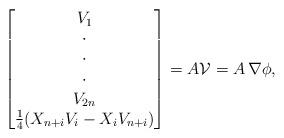
LaTeX: \begin{align*} \begin{bmatrix} V_1 \\ \cdot\\ \cdot\\ \cdot\\ V_{2n}\\ {1\over 4} (X_{n+i}V_i - X_iV_{n+i}) \end{bmatrix} = A \mathcal V = A \,\nabla\phi,\end{align*}